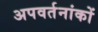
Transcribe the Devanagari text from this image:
अपवर्तनांकों